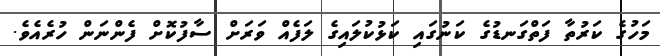
މަހުގެ ކަރުތާ ފަތްގަނޑުގެ ކަނުގައި ކަޅުކުލައިގެ ލަފެއް ވަރަށް ސާފުކޮށް ފެންނަން ހުރެއެވެ.